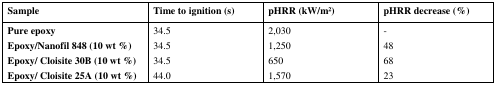
| Sample | Time to ignition (s) | pHRR (kW/m2) | pHRR decrease (%) |
 | --- | --- | --- | --- |
 | Pure epoxy | 34.5 | 2,030 | - |
 | Epoxy/Nanofil 848 (10 wt %) | 34.5 | 1,250 | 48 |
 | Epoxy/ Cloisite 30B (10 wt %) | 34.5 | 650 | 68 |
 | Epoxy/ Cloisite 25A (10 wt %) | 44.0 | 1,570 | 23 |